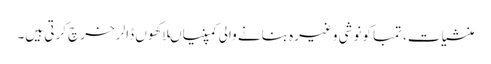
منشیات، تمباکو نوشی وغیرہ بنانے والی کمپنیاںلاکھوں ڈالر خرچ کرتی ہیں۔